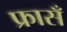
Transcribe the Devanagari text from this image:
फ्रासँ